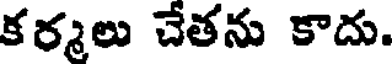
కర్మలు చేతను కాదు.